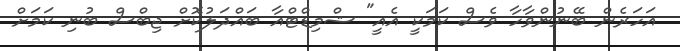
އަހަރެން ބޭނުންވާހާ ވެސް ކަމަކީ އެއީ" ޝްމިޑްޓްއާ ބައްދަލުކޮށް ޖިބްސް ބުނި ކަމަށް